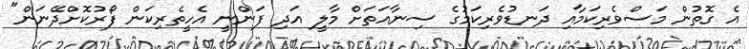
އެ ގޮތުން މަސްވެރިކަމާއި ދަނޑުވެރިކަމުގެ ސިނާއަތަށް މާލީ އަދި ފަންނީ އެހީތެރިކަން ފޯރުކޮށްދޭނަން"